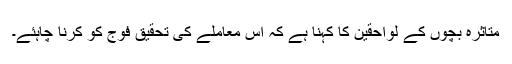
متاثرہ بچوں کے لواحقین کا کہنا ہے کہ اس معاملے کی تحقیق فوج کو کرنا چاہئے۔